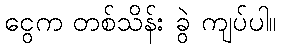
ငွေက တစ်သိန်း ခွဲ ကျပ်ပါ။